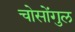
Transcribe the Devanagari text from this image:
चोसोंगुल